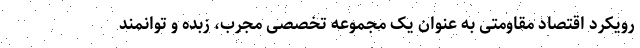
رویکرد اقتصاد مقاومتی به عنوان یک مجموعه تخصصی مجرب، زبده و توانمند